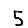
Digit: 5